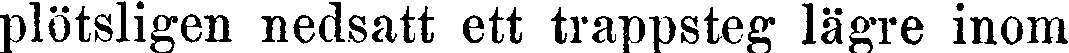
plötsligen nedsatt ett trappsteg lägre inom